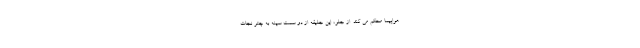
هواپیما محکم می کند. از جلو، این جلیقه از دو سمت سینه به چتر نجات